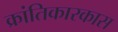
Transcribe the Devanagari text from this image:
क्रांतिकारकास